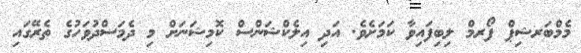
މެމްބަރޝިޕް ފޯރމް ލިބިފައިވާ ކަމަށެވެ. އަދި އިލެކްޝަންސް ކޮމިޝަނަށް މި ދެމަސްދުވަހުގެ ތެރޭގައި